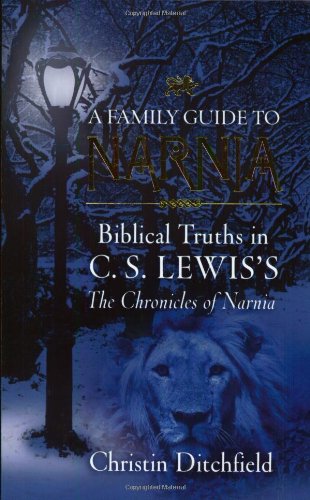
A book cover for A Family Guide To Narnia: Biblical Truths in C.S. Lewis's The Chronicles of Narnia; Christin Ditchfield; Literature & Fiction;